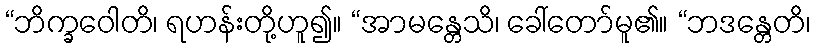
“ဘိက္ခဝေါတိ၊ ရဟန်းတို့ဟူ၍။ “အာမန္တေသိ၊ ခေါ်တော်မူ၏။ “ဘဒန္တေတိ၊